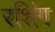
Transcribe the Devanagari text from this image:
रशिंग